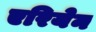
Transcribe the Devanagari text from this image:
एरियेन